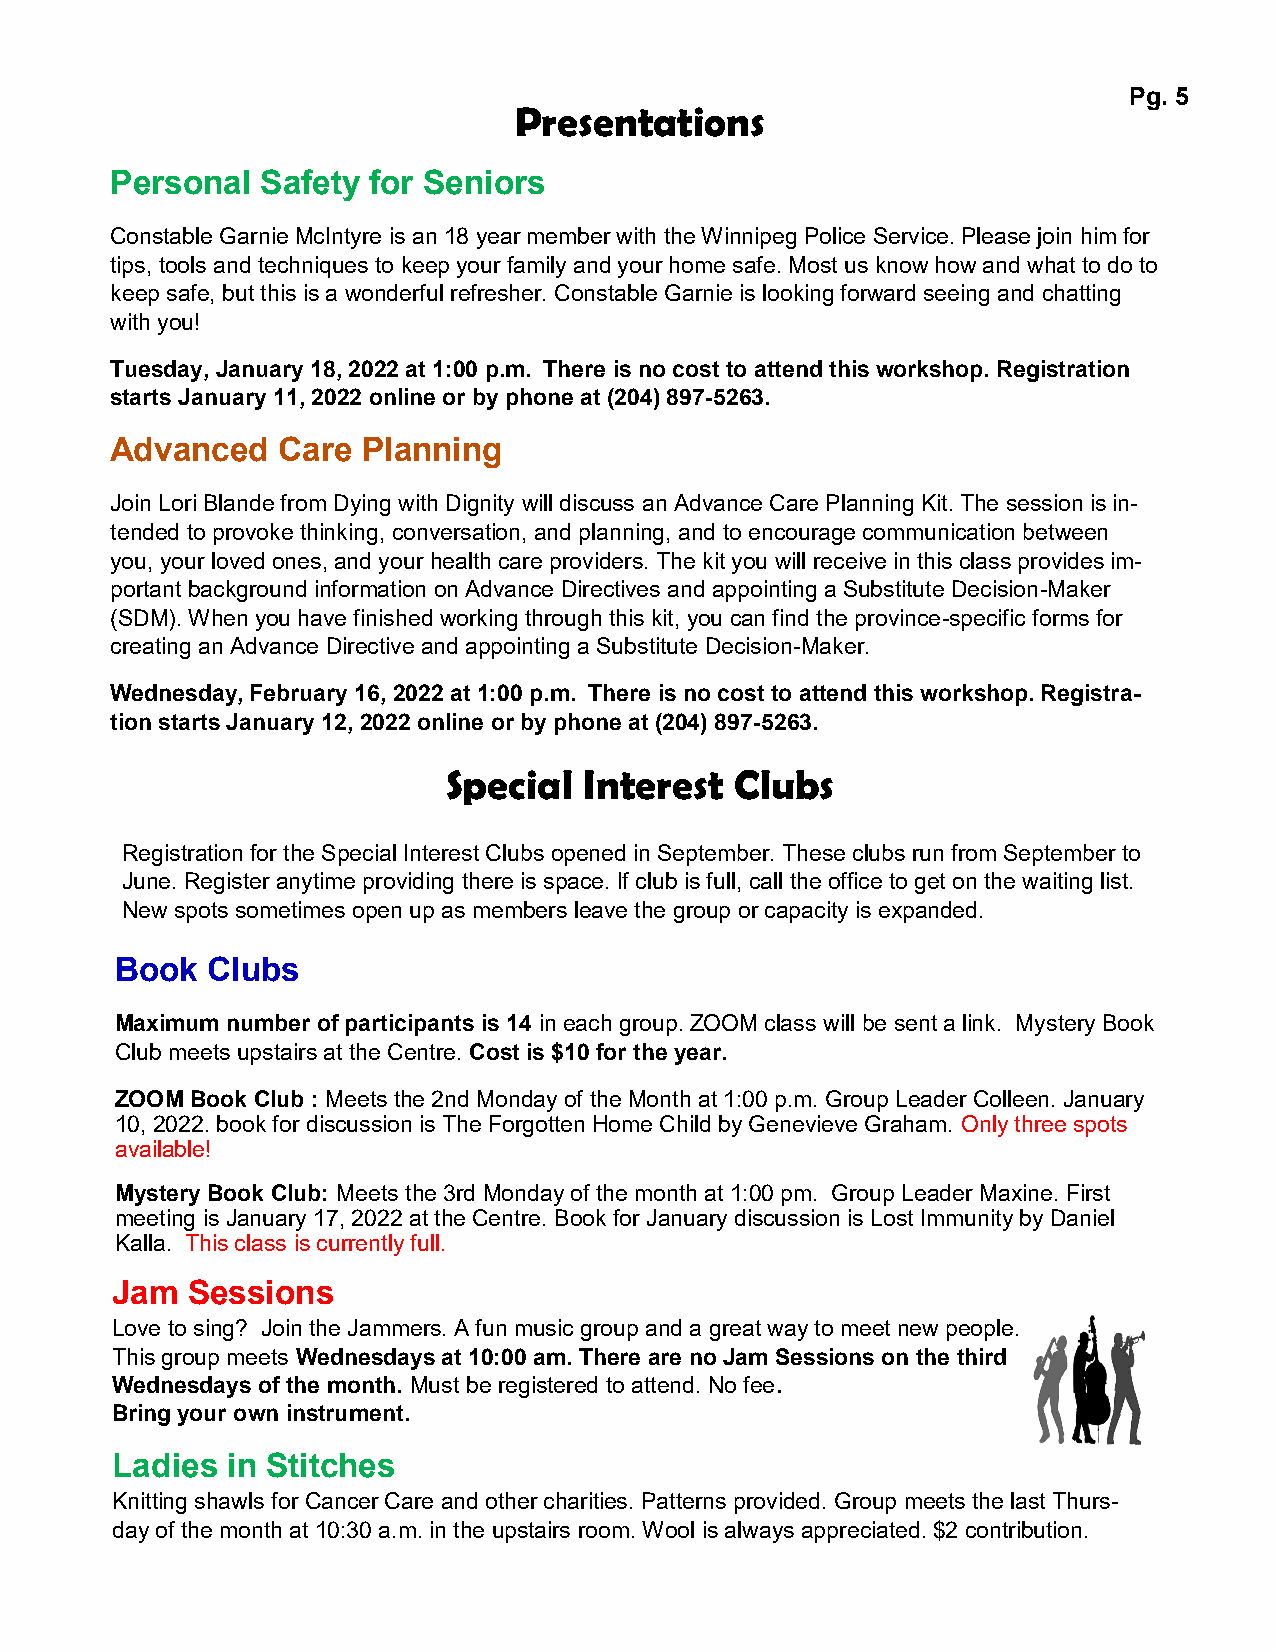
Pg. 5
 Presentations
 Personal  Safety for Seniors
 Constable Garnie McIntyre is an 18 year member with the Winnipeg Police Service. Please join him for
 tips, tools and techniques to keep your family and your home safe. Most us know how and what to do to
 keep safe, but this is a wonderful refresher. Constable Garnie is looking forward seeing and chatting
 with you!
 Tuesday, January 18, 2022 at 1:00 p.m. There is no cost to attend this workshop. Registration
 starts January 11, 2022 online or by phone at (204) 897-5263.
 Advanced   Care  Planning
 Join Lori Blande from Dying with Dignity will discuss an Advance Care Planning Kit. The session is in-
 tended to provoke thinking, conversation, and planning, and to encourage communication between
 you, your loved ones, and your health care providers. The kit you will receive in this class provides im-
 portant background information on Advance Directives and appointing a Substitute Decision-Maker
 (SDM). When you have finished working through this kit, you can find the province-specific forms for
 creating an Advance Directive and appointing a Substitute Decision-Maker.
 Wednesday, February 16, 2022 at 1:00 p.m. There is no cost to attend this workshop. Registra-
 tion starts January 12, 2022 online or by phone at (204) 897-5263.
 Special  Interest  Clubs
 Registration for the Special Interest Clubs opened in September. These clubs run from September to
 June. Register anytime providing there is space. If club is full, call the office to get on the waiting list.
 New spots sometimes open up as members leave the group or capacity is expanded.
 Book  Clubs
 Maximum number of participants is 14 in each group. ZOOM class will be sent a link. Mystery Book
 Club meets upstairs at the Centre. Cost is $10 for the year.
 ZOOM Book Club : Meets the 2nd Monday of the Month at 1:00 p.m. Group Leader Colleen. January
 10, 2022. book for discussion is The Forgotten Home Child by Genevieve Graham. Only three spots
 available!
 Mystery Book Club: Meets the 3rd Monday of the month at 1:00 pm. Group Leader Maxine. First
 meeting is January 17, 2022 at the Centre. Book for January discussion is Lost Immunity by Daniel
 Kalla. This class is currently full.
 Jam  Sessions
 Love to sing? Join the Jammers. A fun music group and a great way to meet new people.
 This group meets Wednesdays at 10:00 am. There are no Jam Sessions on the third
 Wednesdays of the month. Must be registered to attend. No fee.
 Bring your own instrument.
 Ladies  in Stitches
 Knitting shawls for Cancer Care and other charities. Patterns provided. Group meets the last Thurs-
 day of the month at 10:30 a.m. in the upstairs room. Wool is always appreciated. $2 contribution.